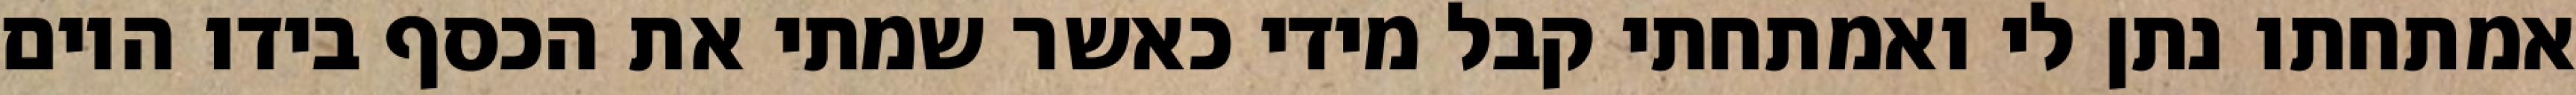
אמתחתו נתן לי ואמתחתי קבל מידי כאשר שמתי את הכסף בידו היום